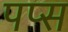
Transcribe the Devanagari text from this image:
पप्स